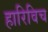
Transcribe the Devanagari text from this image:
हारिविच